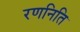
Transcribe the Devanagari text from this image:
रणनिति